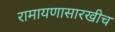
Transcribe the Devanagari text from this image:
रामायणासारखीच